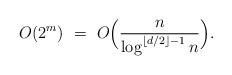
LaTeX: \begin{align*}O(2^m) \ =\ O\Big(\frac{n}{\log^{\lfloor d/2\rfloor-1}n}\Big).\end{align*}